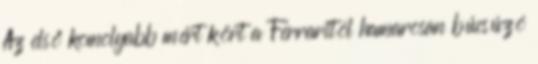
Az első komolyabb mért kört a Ferraritól hamarosan búcsúzó